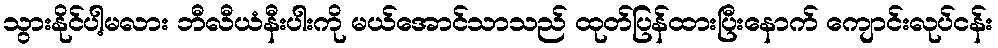
သွားနိုင်ပါ့မလား ဘီလီယံနီးပါးကို မယ်အောင်သာသည် ထုတ်ပြန်ထားပြီးနောက် ကျောင်းလုပ်ငန်း